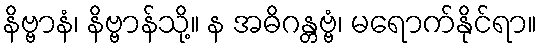
နိဗ္ဗာနံ၊ နိဗ္ဗာန်သို့။ န အဓိဂန္တဗ္ဗံ၊ မရောက်နိုင်ရာ။